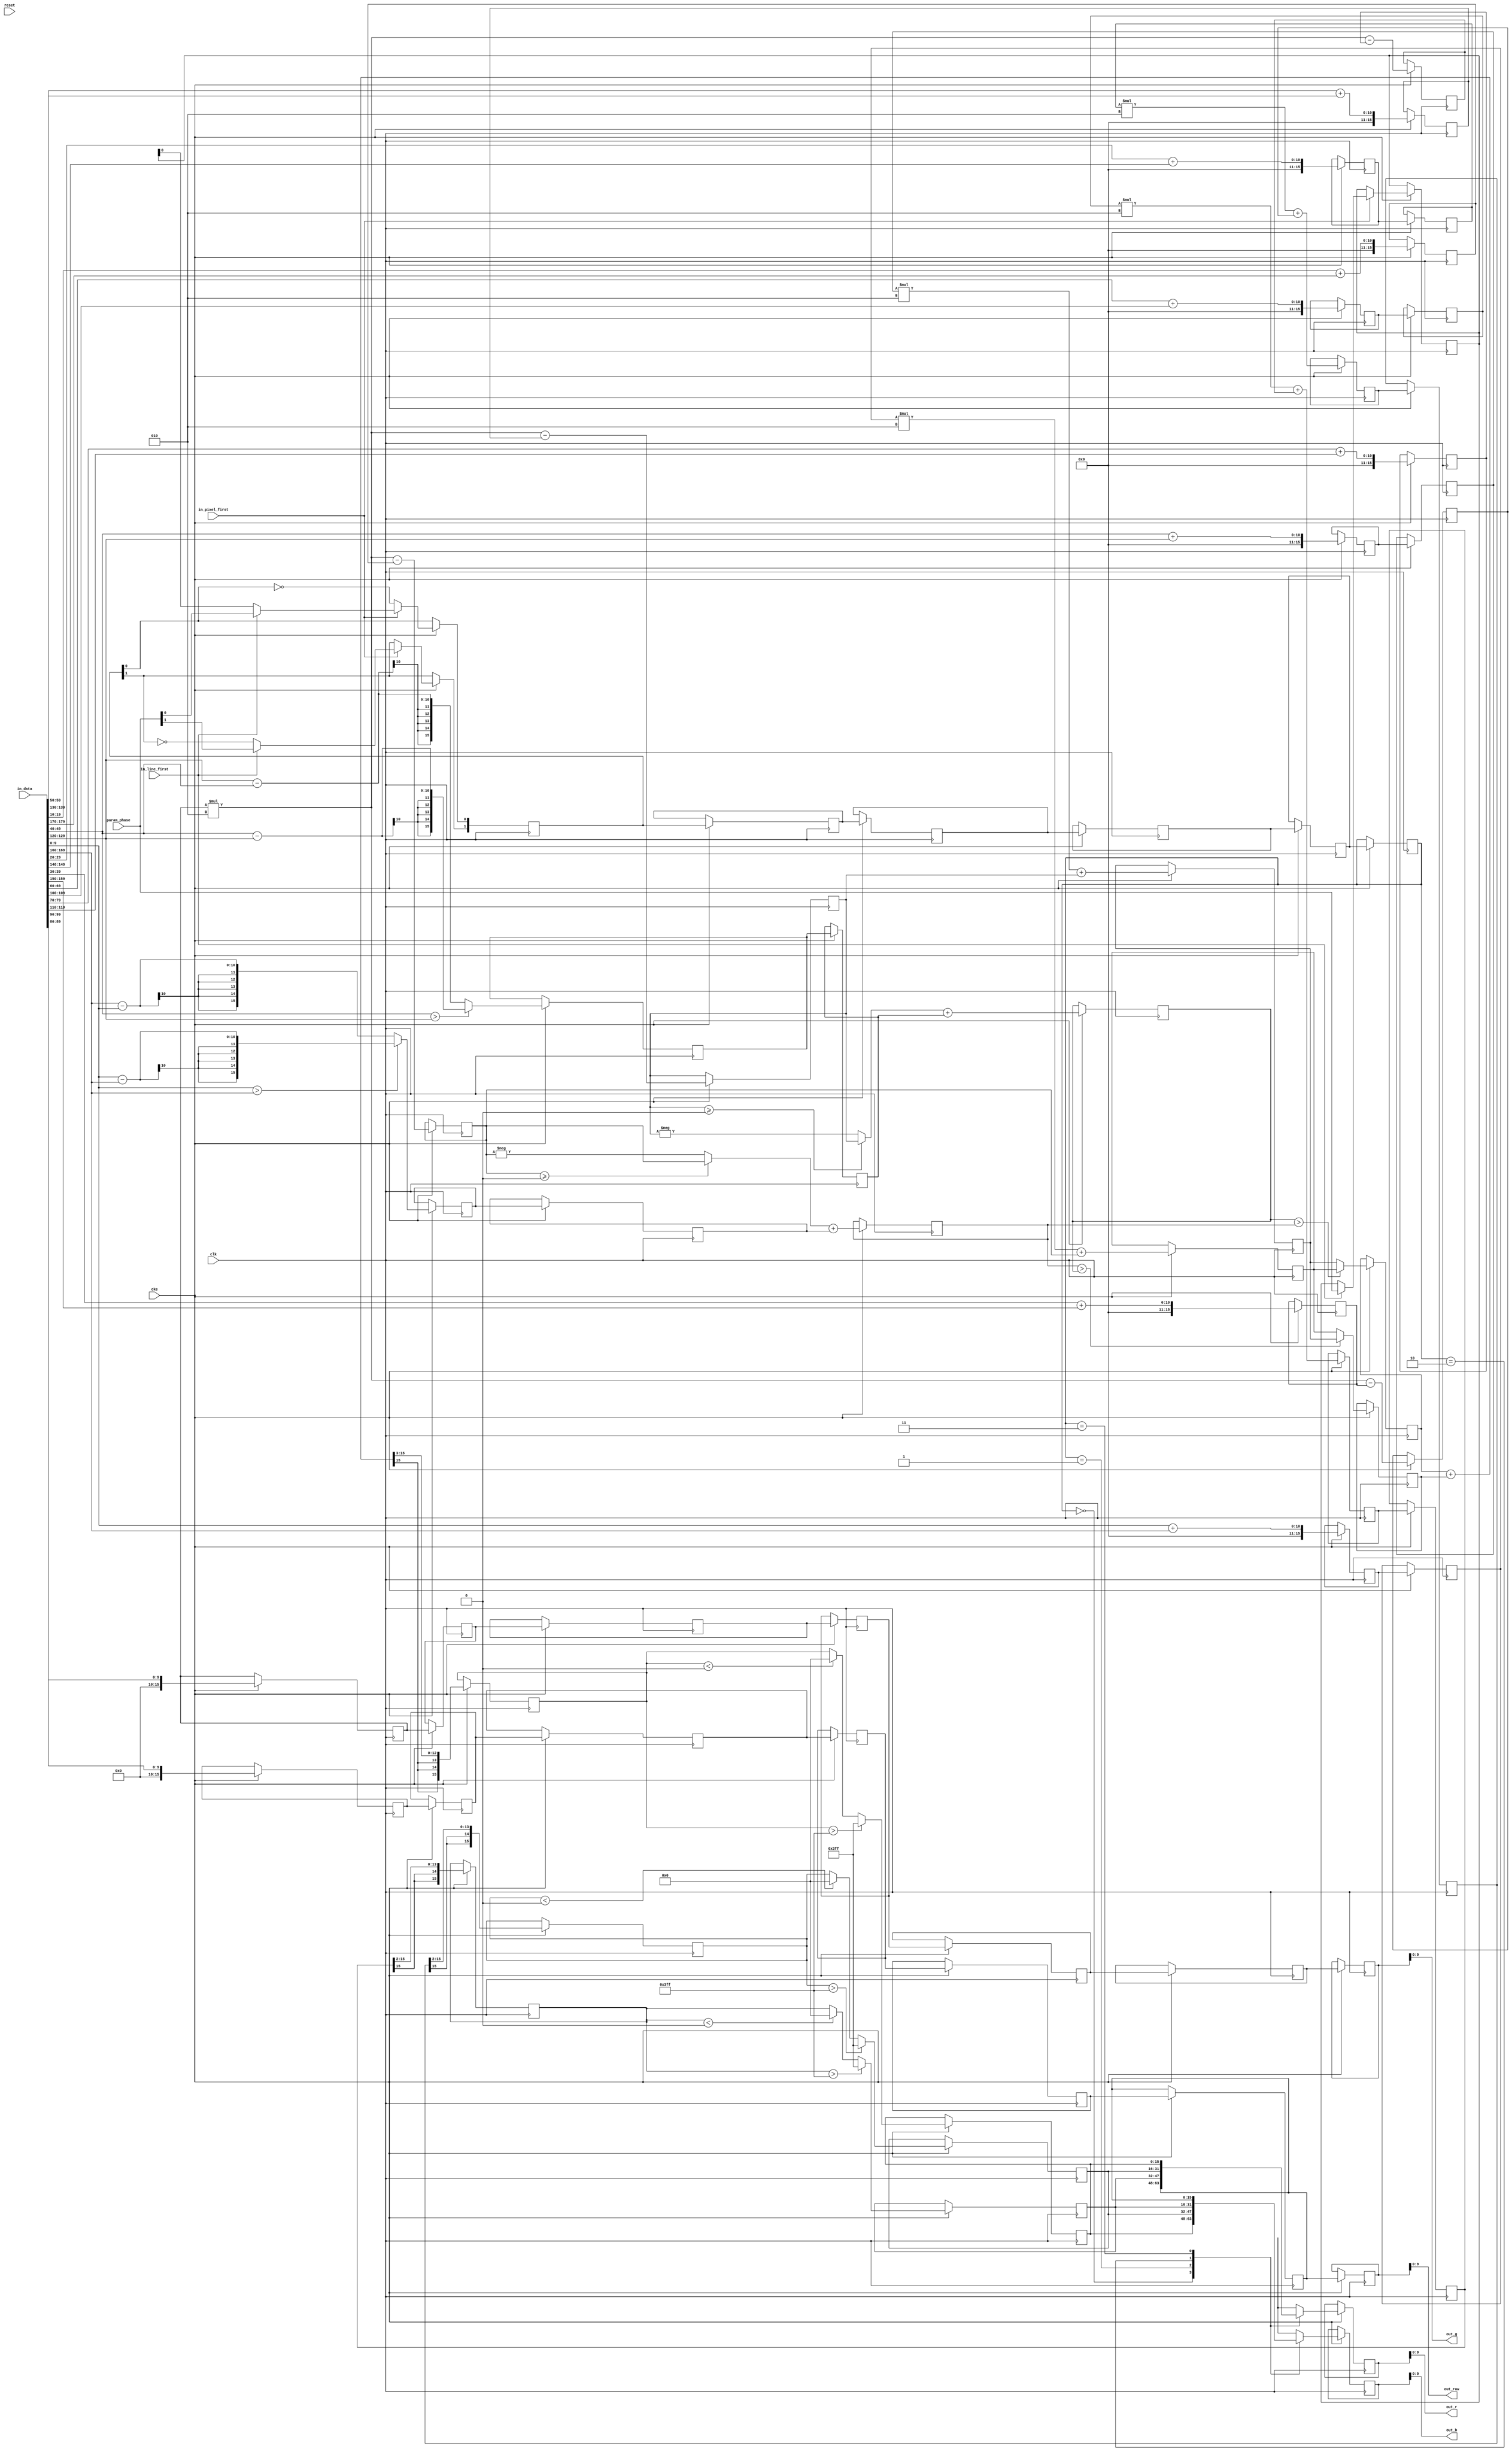
// ---------------------------------------------------------------------------
//  Jelly  -- The platform for real-time computing
//   image processing
//
//                                 Copyright (C) 2008-2016 by Ryuji Fuchikami
//                                 https://github.com/ryuz/jelly.git
// ---------------------------------------------------------------------------



`timescale 1ns / 1ps
`default_nettype none


module jelly_img_demosaic_acpi_rb_calc
        #(
            parameter   DATA_WIDTH = 10
        )
        (
            input   wire                            reset,
            input   wire                            clk,
            input   wire                            cke,
            
            input   wire    [1:0]                   param_phase,
            
            input   wire                            in_line_first,
            input   wire                            in_pixel_first,
            input   wire    [3*3*2*DATA_WIDTH-1:0]  in_data,
            
            output  wire    [DATA_WIDTH-1:0]        out_raw,
            output  wire    [DATA_WIDTH-1:0]        out_r,
            output  wire    [DATA_WIDTH-1:0]        out_g,
            output  wire    [DATA_WIDTH-1:0]        out_b
        );
    
    
    // 
    localparam      CALC_WIDTH = DATA_WIDTH + 6;
    
    wire    signed  [CALC_WIDTH-1:0]    max_value = {6'd0, {DATA_WIDTH{1'b1}}};
    wire    signed  [CALC_WIDTH-1:0]    min_value = {6'd0, {DATA_WIDTH{1'b0}}};
    
    function signed [CALC_WIDTH-1:0]    absdiff(input signed [CALC_WIDTH-1:0] a, input signed [CALC_WIDTH-1:0] b);
    begin
        absdiff = a > b ? a - b : b - a;
    end
    endfunction
    
    function signed [CALC_WIDTH-1:0]    abs(input signed [CALC_WIDTH-1:0] a);
    begin
        abs = a >= 0 ? a : -a;
    end
    endfunction
    
    
    wire    signed  [CALC_WIDTH-1:0]    in_raw11 = {6'd0, in_data[((0*3+0)*2+0)*DATA_WIDTH +: DATA_WIDTH]};
    wire    signed  [CALC_WIDTH-1:0]    in_raw12 = {6'd0, in_data[((0*3+1)*2+0)*DATA_WIDTH +: DATA_WIDTH]};
    wire    signed  [CALC_WIDTH-1:0]    in_raw13 = {6'd0, in_data[((0*3+2)*2+0)*DATA_WIDTH +: DATA_WIDTH]};
    wire    signed  [CALC_WIDTH-1:0]    in_raw21 = {6'd0, in_data[((1*3+0)*2+0)*DATA_WIDTH +: DATA_WIDTH]};
    wire    signed  [CALC_WIDTH-1:0]    in_raw22 = {6'd0, in_data[((1*3+1)*2+0)*DATA_WIDTH +: DATA_WIDTH]};
    wire    signed  [CALC_WIDTH-1:0]    in_raw23 = {6'd0, in_data[((1*3+2)*2+0)*DATA_WIDTH +: DATA_WIDTH]};
    wire    signed  [CALC_WIDTH-1:0]    in_raw31 = {6'd0, in_data[((2*3+0)*2+0)*DATA_WIDTH +: DATA_WIDTH]};
    wire    signed  [CALC_WIDTH-1:0]    in_raw32 = {6'd0, in_data[((2*3+1)*2+0)*DATA_WIDTH +: DATA_WIDTH]};
    wire    signed  [CALC_WIDTH-1:0]    in_raw33 = {6'd0, in_data[((2*3+2)*2+0)*DATA_WIDTH +: DATA_WIDTH]};   
    wire    signed  [CALC_WIDTH-1:0]    in_g11   = {6'd0, in_data[((0*3+0)*2+1)*DATA_WIDTH +: DATA_WIDTH]};
    wire    signed  [CALC_WIDTH-1:0]    in_g12   = {6'd0, in_data[((0*3+1)*2+1)*DATA_WIDTH +: DATA_WIDTH]};
    wire    signed  [CALC_WIDTH-1:0]    in_g13   = {6'd0, in_data[((0*3+2)*2+1)*DATA_WIDTH +: DATA_WIDTH]};
    wire    signed  [CALC_WIDTH-1:0]    in_g21   = {6'd0, in_data[((1*3+0)*2+1)*DATA_WIDTH +: DATA_WIDTH]};
    wire    signed  [CALC_WIDTH-1:0]    in_g22   = {6'd0, in_data[((1*3+1)*2+1)*DATA_WIDTH +: DATA_WIDTH]};
    wire    signed  [CALC_WIDTH-1:0]    in_g23   = {6'd0, in_data[((1*3+2)*2+1)*DATA_WIDTH +: DATA_WIDTH]};
    wire    signed  [CALC_WIDTH-1:0]    in_g31   = {6'd0, in_data[((2*3+0)*2+1)*DATA_WIDTH +: DATA_WIDTH]};
    wire    signed  [CALC_WIDTH-1:0]    in_g32   = {6'd0, in_data[((2*3+1)*2+1)*DATA_WIDTH +: DATA_WIDTH]};
    wire    signed  [CALC_WIDTH-1:0]    in_g33   = {6'd0, in_data[((2*3+2)*2+1)*DATA_WIDTH +: DATA_WIDTH]};
    
    reg             [1:0]               reg_param_phase;
    
    reg             [1:0]               st0_phase;
    reg     signed  [CALC_WIDTH-1:0]    st0_raw;
    reg     signed  [CALC_WIDTH-1:0]    st0_g;
    reg     signed  [CALC_WIDTH-1:0]    st0_a0;
    reg     signed  [CALC_WIDTH-1:0]    st0_a1;
    reg     signed  [CALC_WIDTH-1:0]    st0_b0;
    reg     signed  [CALC_WIDTH-1:0]    st0_b1;
    reg     signed  [CALC_WIDTH-1:0]    st0_r;
    reg     signed  [CALC_WIDTH-1:0]    st0_l;
    reg     signed  [CALC_WIDTH-1:0]    st0_v0;
    reg     signed  [CALC_WIDTH-1:0]    st0_v1;
    reg     signed  [CALC_WIDTH-1:0]    st0_h0;
    reg     signed  [CALC_WIDTH-1:0]    st0_h1;
    
    reg             [1:0]               st1_phase;
    reg     signed  [CALC_WIDTH-1:0]    st1_raw;
    reg     signed  [CALC_WIDTH-1:0]    st1_g;
    reg     signed  [CALC_WIDTH-1:0]    st1_a0;
    reg     signed  [CALC_WIDTH-1:0]    st1_a1;
    reg     signed  [CALC_WIDTH-1:0]    st1_b0;
    reg     signed  [CALC_WIDTH-1:0]    st1_b1;
    reg     signed  [CALC_WIDTH-1:0]    st1_r;
    reg     signed  [CALC_WIDTH-1:0]    st1_l;
    reg     signed  [CALC_WIDTH-1:0]    st1_v0;
    reg     signed  [CALC_WIDTH-1:0]    st1_v1;
    reg     signed  [CALC_WIDTH-1:0]    st1_h0;
    reg     signed  [CALC_WIDTH-1:0]    st1_h1;
    
    reg             [1:0]               st2_phase;
    reg     signed  [CALC_WIDTH-1:0]    st2_raw;
    reg     signed  [CALC_WIDTH-1:0]    st2_g;
    reg     signed  [CALC_WIDTH-1:0]    st2_a;
    reg     signed  [CALC_WIDTH-1:0]    st2_b;
    reg     signed  [CALC_WIDTH-1:0]    st2_r;
    reg     signed  [CALC_WIDTH-1:0]    st2_l;
    reg     signed  [CALC_WIDTH-1:0]    st2_v;
    reg     signed  [CALC_WIDTH-1:0]    st2_h;
    
    reg             [1:0]               st3_phase;
    reg     signed  [CALC_WIDTH-1:0]    st3_raw;
    reg     signed  [CALC_WIDTH-1:0]    st3_g;
    reg     signed  [CALC_WIDTH-1:0]    st3_x0;
    reg     signed  [CALC_WIDTH-1:0]    st3_x1;
    reg     signed  [CALC_WIDTH-1:0]    st3_v;
    reg     signed  [CALC_WIDTH-1:0]    st3_h;
    
    reg             [1:0]               st4_phase;
    reg     signed  [CALC_WIDTH-1:0]    st4_raw;
    reg     signed  [CALC_WIDTH-1:0]    st4_g;
    reg     signed  [CALC_WIDTH-1:0]    st4_x;
    reg     signed  [CALC_WIDTH-1:0]    st4_v;
    reg     signed  [CALC_WIDTH-1:0]    st4_h;
    
    reg             [1:0]               st5_phase;
    reg     signed  [CALC_WIDTH-1:0]    st5_raw;
    reg     signed  [CALC_WIDTH-1:0]    st5_g;
    reg     signed  [CALC_WIDTH-1:0]    st5_x;
    reg     signed  [CALC_WIDTH-1:0]    st5_v;
    reg     signed  [CALC_WIDTH-1:0]    st5_h;
    
    reg     signed  [CALC_WIDTH-1:0]    st6_raw;
    reg     signed  [CALC_WIDTH-1:0]    st6_r;
    reg     signed  [CALC_WIDTH-1:0]    st6_g;
    reg     signed  [CALC_WIDTH-1:0]    st6_b;
    
    always @(posedge clk) begin
        if ( cke ) begin
            // stage 0
            st0_phase[0] <= ~st0_phase[0];
            if ( in_pixel_first ) begin
                if ( in_line_first ) begin
                    reg_param_phase <= param_phase;
                    st0_phase       <= param_phase;
                end
                else begin
                    st0_phase[0] <= reg_param_phase[0];
                    st0_phase[1] <= ~st0_phase[1];
                end
            end
            
            st0_raw <= in_raw22;
            st0_g   <= in_g22;
            
            st0_a0  <= in_g13 + in_g31;
            st0_a1  <= absdiff(in_raw13, in_raw31);
            st0_b0  <= in_g11 + in_g33;
            st0_b1  <= absdiff(in_raw11, in_raw33);
            st0_r   <= in_raw13 + in_raw31;
            st0_l   <= in_raw11 + in_raw33;
            
            st0_v0  <= in_raw12 + in_raw32;
            st0_v1  <= in_g12   + in_g32;
            
            st0_h0  <= in_raw21 + in_raw23;
            st0_h1  <= in_g21   + in_g23;
            
            
            // stage 1
            st1_phase <= st0_phase;
            st1_raw   <= st0_raw;
            st1_g     <= st0_g;
            
            st1_a0    <= st0_g * 2 - st0_a0;
            st1_a1    <= st0_a1;
            st1_b0    <= st0_g * 2 - st0_b0;
            st1_b1    <= st0_b1;
            st1_r     <= st0_r;
            st1_l     <= st0_l;
            
            st1_v0    <= st0_v0;
            st1_v1    <= st0_g * 2 - st0_v1;
            
            st1_h0    <= st0_h0;
            st1_h1    <= st0_g * 2 - st0_h1;
            
            
            // stage 2
            st2_phase <= st1_phase;
            st2_raw   <= st1_raw;
            st2_g     <= st1_g;
            
            st2_a     <= abs(st1_a0) + st1_a1;
            st2_b     <= abs(st1_b0) + st1_b1;
            st2_r     <= st1_r * 2 + st1_a0;
            st2_l     <= st1_l * 2 + st1_b0;
            st2_v     <= st1_v0 * 2 + st1_v1;
            st2_h     <= st1_h0 * 2 + st1_h1;
            
            
            // stage 3
            st3_phase <= st2_phase;
            st3_raw   <= st2_raw;
            st3_g     <= st2_g;
            st3_x0    <= (st2_a > st2_b ? st2_l : st2_r);
            st3_x1    <= (st2_b > st2_a ? st2_r : st2_l);
            st3_v     <= st2_v;
            st3_h     <= st2_h;
            
            
            // stage 4
            st4_phase <= st3_phase;
            st4_raw   <= st3_raw;
            st4_g     <= st3_g;
            st4_x     <= (st3_x0 + st3_x1) >>> 3;
            st4_v     <= st3_v >>> 2;
            st4_h     <= st3_h >>> 2;
            
            
            // stage 5
            st5_phase <= st4_phase;
            st5_raw   <= st4_raw;
            st5_g     <= st4_g;
            st5_x     <= st4_x;
            st5_v     <= st4_v;
            st5_h     <= st4_h;
            if ( st4_x < min_value ) begin st5_x <= min_value; end
            if ( st4_x > max_value ) begin st5_x <= max_value; end
            if ( st4_v < min_value ) begin st5_v <= min_value; end
            if ( st4_v > max_value ) begin st5_v <= max_value; end
            if ( st4_h < min_value ) begin st5_h <= min_value; end
            if ( st4_h > max_value ) begin st5_h <= max_value; end
            
            
            // stage 6
            st6_raw <= st5_raw;
            st6_g   <= st5_g;
            case ( st5_phase )
            2'b00:  begin st6_r <= st5_raw; st6_b <= st5_x;   end
            2'b01:  begin st6_r <= st5_h;   st6_b <= st5_v;   end
            2'b10:  begin st6_r <= st5_v;   st6_b <= st5_h;   end
            2'b11:  begin st6_r <= st5_x;   st6_b <= st5_raw; end
            endcase
        end
    end
    
    assign  out_raw  = st6_raw[DATA_WIDTH-1:0];
    assign  out_r    = st6_r[DATA_WIDTH-1:0];
    assign  out_g    = st6_g[DATA_WIDTH-1:0];
    assign  out_b    = st6_b[DATA_WIDTH-1:0];
    
endmodule


`default_nettype wire


// end of file